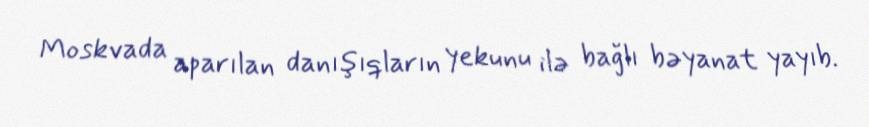
Moskvada aparılan danışıqların yekunu ilə bağlı bəyanat yayıb.